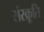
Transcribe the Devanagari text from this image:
संस्क्रूति